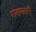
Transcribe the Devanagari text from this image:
राखणदारी